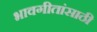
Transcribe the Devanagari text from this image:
भावगीतांसाठी